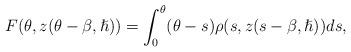
LaTeX: \begin{align*}F(\theta, z(\theta-\beta, \hslash))=\int_{0}^{\theta}(\theta-s)\rho(s,z(s-\beta,\hslash))ds,\end{align*}